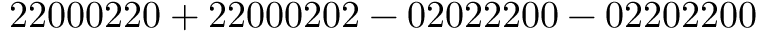
\mathrm { 2 2 0 0 0 2 2 0 + 2 2 0 0 0 2 0 2 - 0 2 0 2 2 2 0 0 - 0 2 2 0 2 2 0 0 }